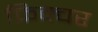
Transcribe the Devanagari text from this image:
फ़िक्चर